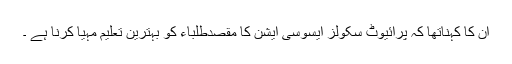
ان کا کہناتھا کہ پرائیوٹ سکولز ایسوسی ایشن کا مقصدطلباء کو بہترین تعلیم مہیا کرنا ہے ۔